Maali_päevik, lk 430
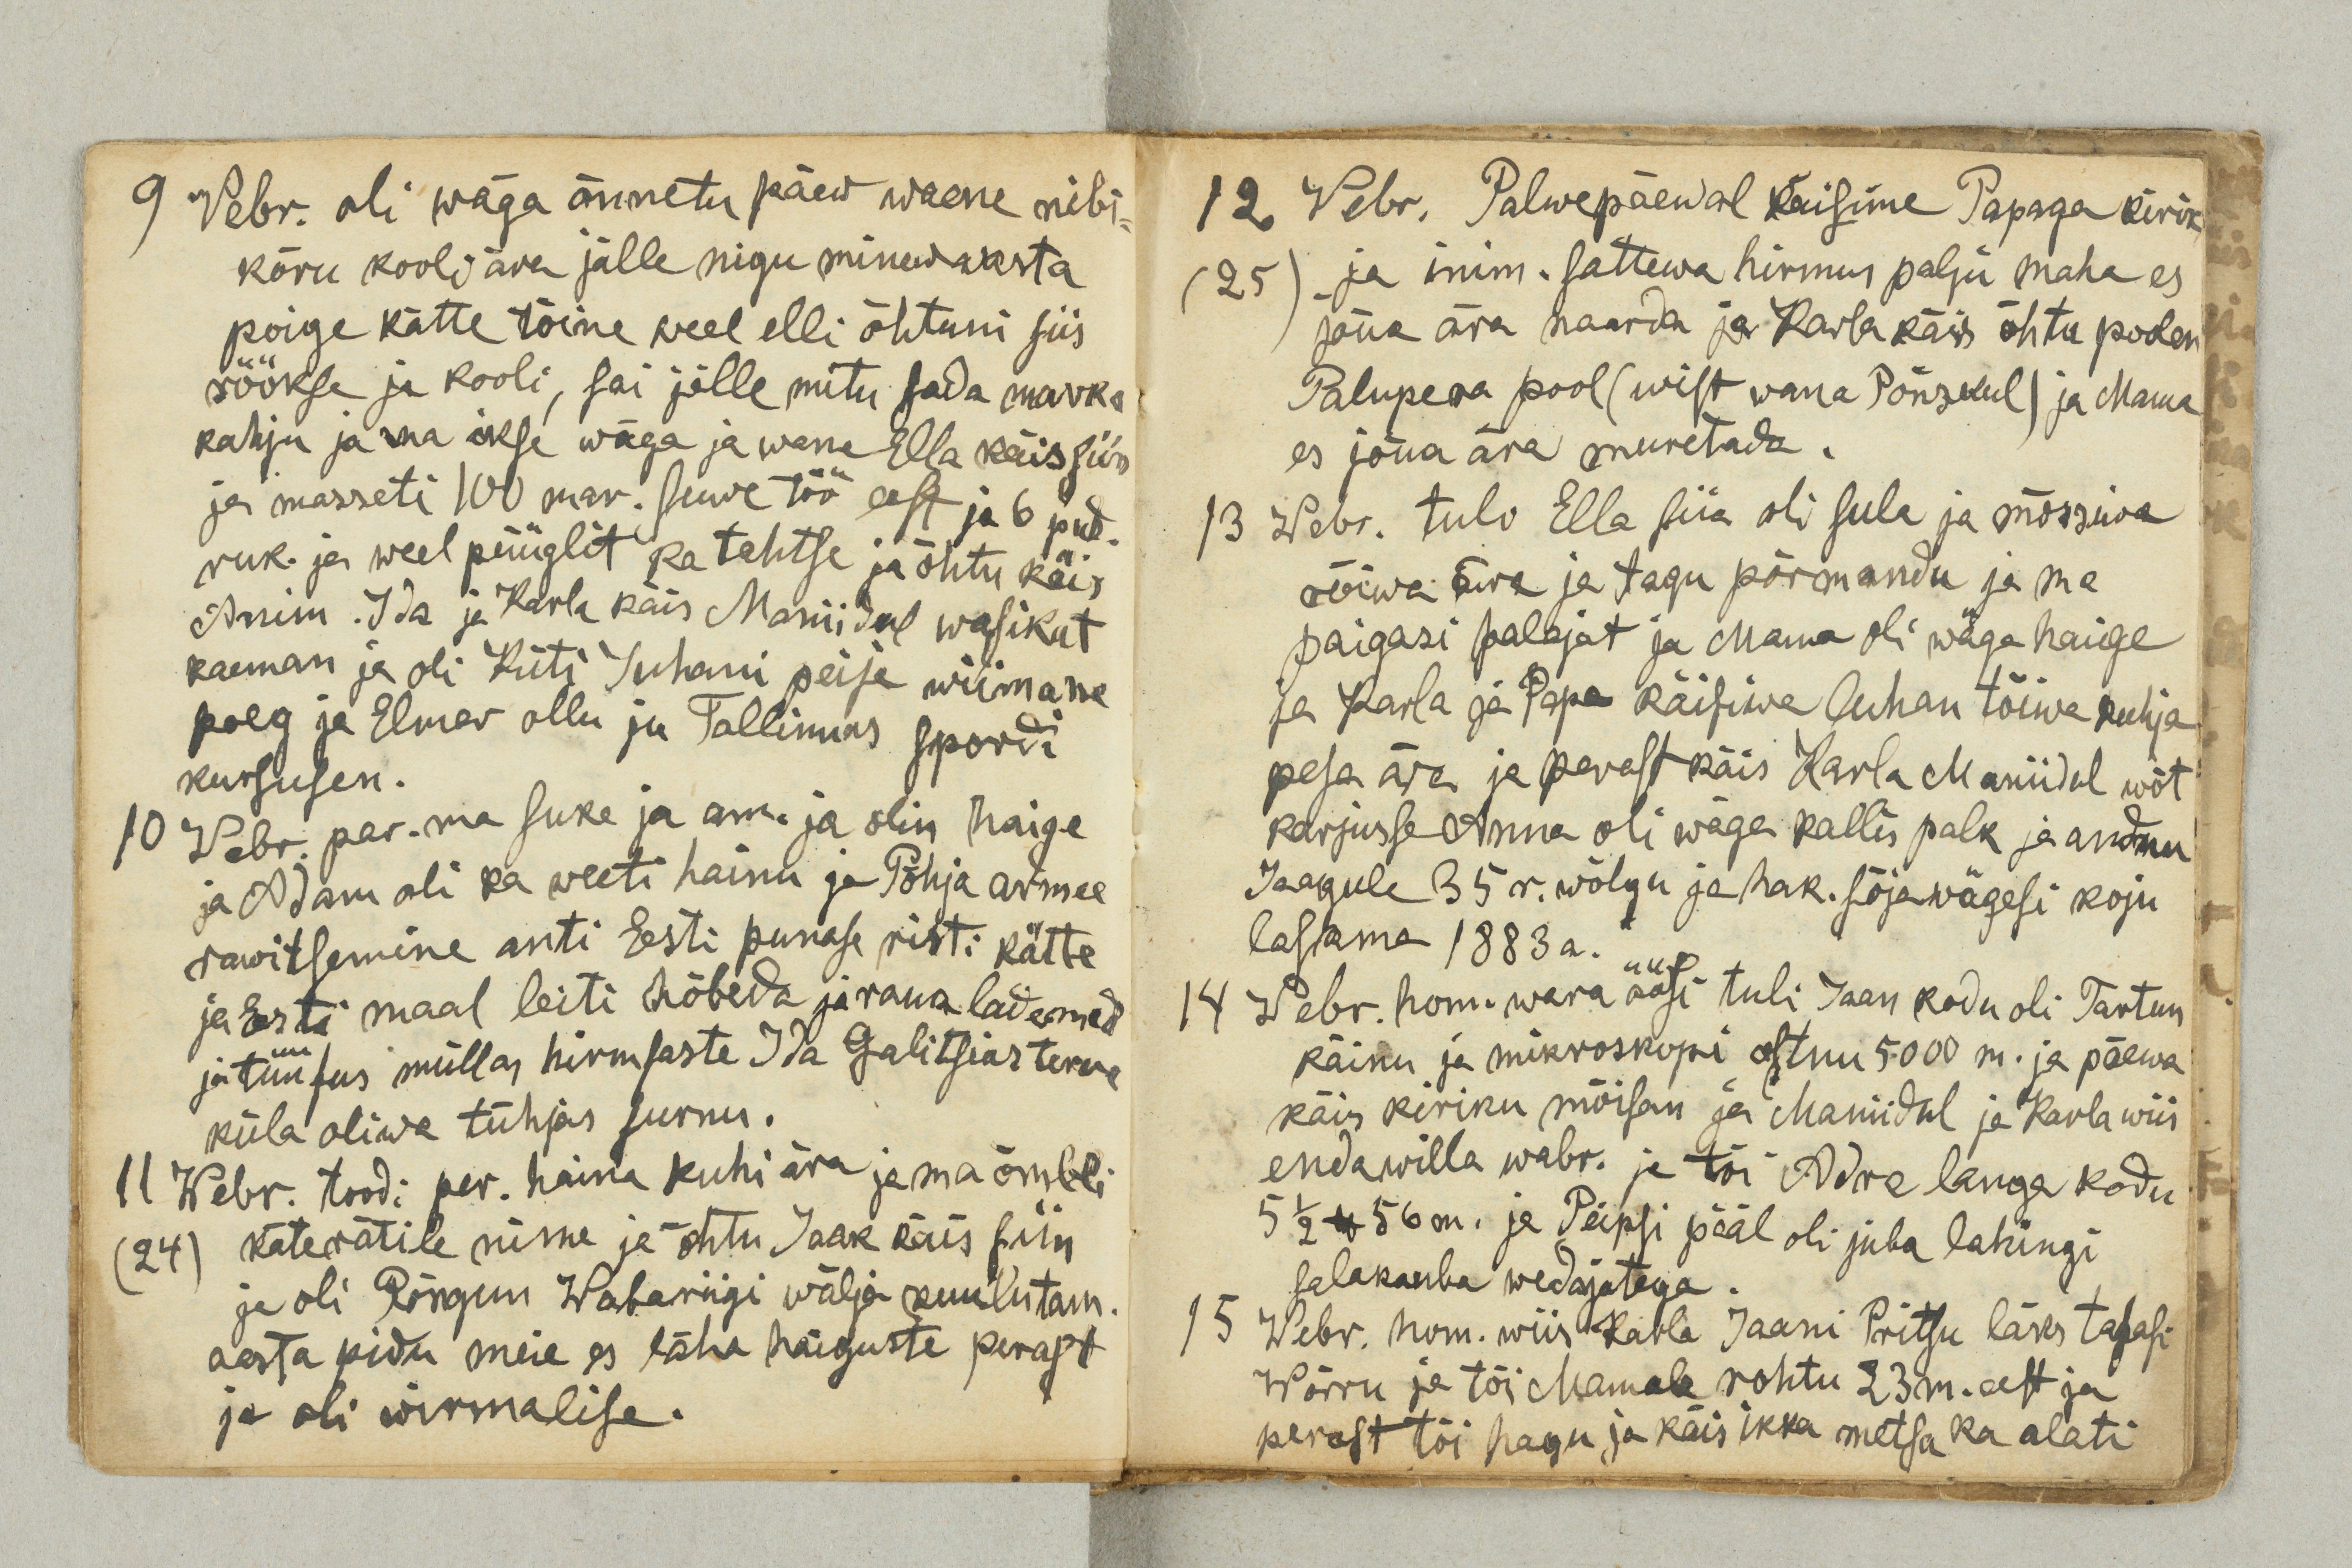
9 Vebr. oli wäga õnnetu päew waene nibi-
kõru kooli ära jälle nigu minewaasta
poige kätte tõine weel elli õhtuni siis
röökse ja kooli, sai jälle mitu sada marka
kahju ja ma ikse wäga ja wana Ella käis siin
ja masseti 100 mar. suwe töö eest ja 6 pud.
ruk. ja weel püüglit ka tahtse ja õhtu käis
Anim. Ida ja Karla käis Maniidul wasikut
kaeman ja oli Küti Juhani peije wiimane
poeg ja Elmar ollu ju Tallinnas spordi
kursusen.
10 Webr. per. ma suke ja am. ja olin haige
ja Adam oli ka weeti hainu ja Põhja armee
rawitsemine anti Eesti punase risti kätte
ja Eesti maal leiti hõbeda ja raua lademed
ja tüüfus müllas hirmsaste Ida Galitsias terve
küla oliwa tühjas surnu.
11 Webr. toodi per. haina kuhi ära ja ma õmbli
24
käterätile nime ja õhtu Jaak käis siin
ja oli Rõngun Wabariigi wälja kuulutam.
aasta pidu meie es läha haiguste perast
ja oli wirmalise.

12 Webr. Palwepäewal käisime Papaga kirik
(25) ja inim. sattewa hirmus palju maha es
jõua ära naarda ja Karla käis õhtu poolen
Palupera pool (wist wana Põnzkul) ja Mama
es jõua ära muretada.
13 Webr. tuli Ella siia oli sula ja mõssiwa
rõiwa ära ja tagu põrmandu ja ma
paigasi palajat ja Mama oli wäga haige
ja Karla ja Papa käisiwa luhan tõiwa kuhja
pesa ära ja perast käis Karla Maniidul wõt
karjusse Anna oli wäga kallis palk ja andnu
Jaagule 35 r. wõlgu ja hak. sõjawägesi koju
laskma 1883a.
14 Webr. hom. wara öösi tuli Jaan kodu oli Tartun
käinu ja mirkoskopi ostnu 5000 m. ja päewa
käis kiriku mõisan ja Maniidul ja Karla wiis
enda willa wabr. ja tõi Adra langa kodu
5 ½ lb 56 m. ja Peipsi pääl oli juba lahingi
salakauba wedajatega.
15 Webr. hom. wiis Karla Jaani Pritsu läks tagasi
Wõrru ja tõi Mamale rohtu 23 m. eest ja
perast tõi hagu ja käis ikka metsa ka alati